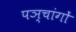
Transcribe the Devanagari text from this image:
पञ्चांगाें